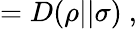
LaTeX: =D(\rho||\sigma)~,